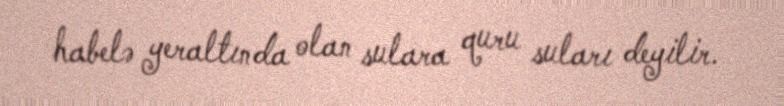
habelə yeraltında olan sulara quru suları deyilir.